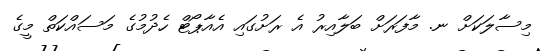
މިސާލަކަށް ނ. މާފަރަށް ބަލާއިރު އެ ރަށުގައި އެއާޕޯޓް ހެދުމުގެ މަސައްކަތް މީގެ